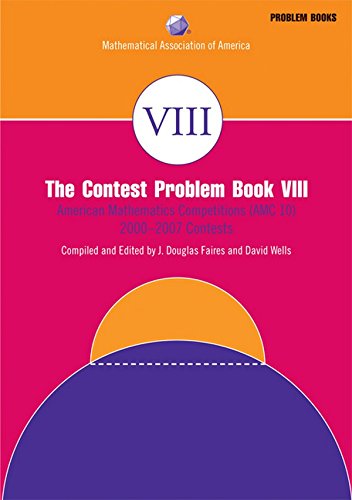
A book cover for The Contest Problem, Book VIII (MAA Problem Book Series); Humor & Entertainment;